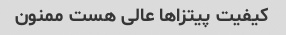
کیفیت پیتزا‌ها عالی هست ممنون